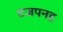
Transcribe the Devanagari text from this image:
टजपनह